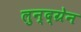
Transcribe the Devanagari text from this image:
लुन्द्ग्रेन